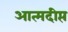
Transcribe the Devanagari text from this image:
आत्मदीप्त